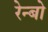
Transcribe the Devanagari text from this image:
रेन्‍बो